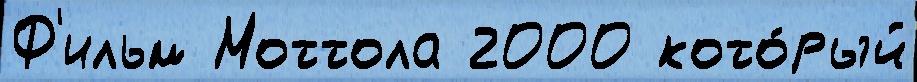
Ф'ильм Моттола 2000 кото́рый